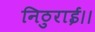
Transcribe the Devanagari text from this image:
निठुराई।।